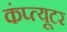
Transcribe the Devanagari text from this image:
कंप्त्यूटर